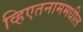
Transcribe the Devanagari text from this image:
व्हिएतनाममधील